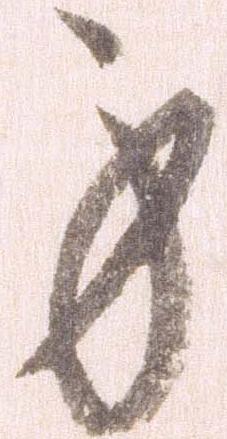
身